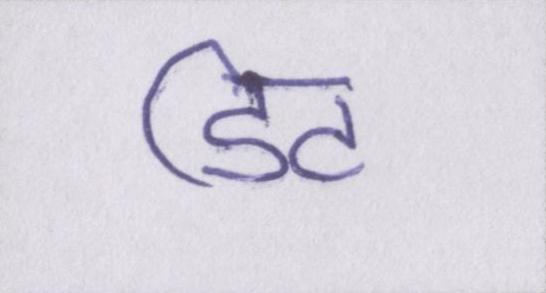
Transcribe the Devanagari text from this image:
डिट